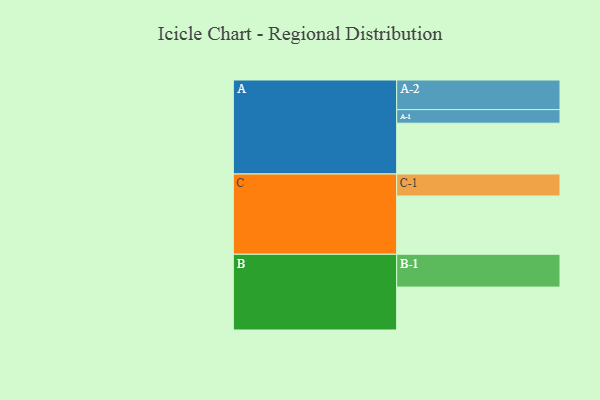
{"axis": {"x": "Segment", "y": "Value"}, "legend": ["", "A", "B", "C"], "data": [{"x": "A", "y": 367, "type": ""}, {"x": "B", "y": 310, "type": ""}, {"x": "C", "y": 421, "type": ""}, {"x": "A-1", "y": 98, "type": "A"}, {"x": "A-2", "y": 214, "type": "A"}, {"x": "B-1", "y": 237, "type": "B"}, {"x": "C-1", "y": 159, "type": "C"}]}